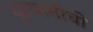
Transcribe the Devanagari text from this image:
गुरुप्राप्तीची